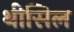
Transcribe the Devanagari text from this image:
थीसिल